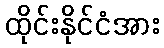
ထိုင်းနိုင်ငံအား